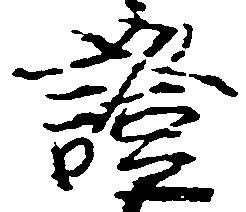
証